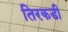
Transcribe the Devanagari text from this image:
तिरकडी